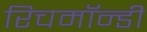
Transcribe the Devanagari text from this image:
रिचमॉन्डी